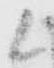
候